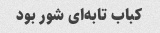
کباب تابه‌ای شور بود